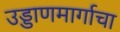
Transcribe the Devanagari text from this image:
उड्डाणमार्गाचा